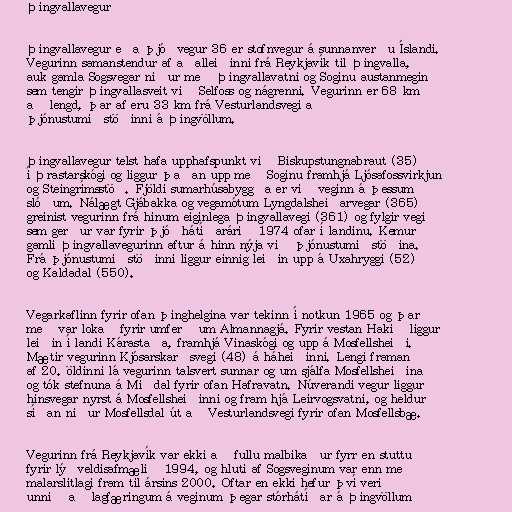
Þingvallavegur

Þingvallavegur eða þjóðvegur 36 er stofnvegur á sunnanverðu Íslandi.
Vegurinn samanstendur af aðalleiðinni frá Reykjavík til Þingvalla,
auk gamla Sogsvegar niður með Þingvallavatni og Soginu austanmegin
sem tengir Þingvallasveit við Selfoss og nágrenni. Vegurinn er 68 km
að lengd, þar af eru 33 km frá Vesturlandsvegi að
þjónustumiðstöðinni á Þingvöllum.

Þingvallavegur telst hafa upphafspunkt við Biskupstungnabraut (35)
í Þrastarskógi og liggur þaðan upp með Soginu framhjá Ljósafossvirkjun
og Steingrímsstöð. Fjöldi sumarhúsabyggða er við veginn á þessum
slóðum. Nálægt Gjábakka og vegamótum Lyngdalsheiðarvegar (365)
greinist vegurinn frá hinum eiginlega Þingvallavegi (361) og fylgir vegi
sem gerður var fyrir þjóðhátíðarárið 1974 ofar í landinu. Kemur
gamli Þingvallavegurinn aftur á hinn nýja við þjónustumiðstöðina.
Frá þjónustumiðstöðinni liggur einnig leiðin upp á Uxahryggi (52)
og Kaldadal (550).

Vegarkaflinn fyrir ofan þinghelgina var tekinn í notkun 1965 og þar
með var lokað fyrir umferð um Almannagjá. Fyrir vestan Hakið liggur
leiðin í landi Kárastaða, framhjá Vinaskógi og upp á Mosfellsheiði.
Mætir vegurinn Kjósarskarðsvegi (48) á háheiðinni. Lengi framan
af 20. öldinni lá vegurinn talsvert sunnar og um sjálfa Mosfellsheiðina
og tók stefnuna á Miðdal fyrir ofan Hafravatn. Núverandi vegur liggur
hinsvegar nyrst á Mosfellsheiðinni og fram hjá Leirvogsvatni, og heldur
síðan niður Mosfellsdal út að Vesturlandsvegi fyrir ofan Mosfellsbæ.

Vegurinn frá Reykjavík var ekki að fullu malbikaður fyrr en stuttu
fyrir lýðveldisafmælið 1994, og hluti af Sogsveginum var enn með
malarslitlagi fram til ársins 2000. Oftar en ekki hefur því verið
unnið að lagfæringum á veginum þegar stórhátíðar á Þingvöllum